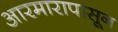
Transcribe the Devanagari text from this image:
आरमारापासून